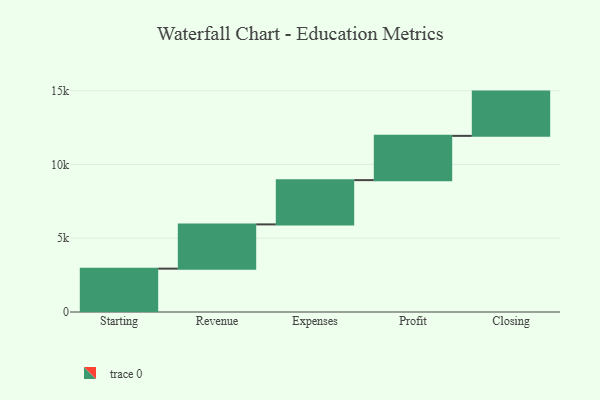
{"axis": {"x": "Step", "y": "Value"}, "legend": [""], "data": [{"x": "Starting", "y": 2938.0, "type": ""}, {"x": "Revenue", "y": 3000, "type": ""}, {"x": "Expenses", "y": 3000, "type": ""}, {"x": "Profit", "y": 3000, "type": ""}, {"x": "Closing", "y": 3000, "type": ""}]}